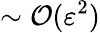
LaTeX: \sim\mathcal{O}(\varepsilon^{2})